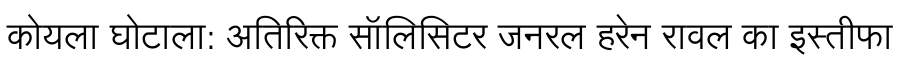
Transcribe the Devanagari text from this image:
कोयला घोटाला: अतिरिक्त सॉलिसिटर जनरल हरेन रावल का इस्तीफा